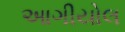
આગીયોલ